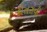
કોતરાવી